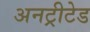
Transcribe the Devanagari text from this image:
अनट्रीटेड